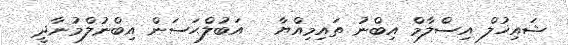
ޝައިޚުލް އިސްލާމް އިބްނު ތައިމިއްޔާ   އަބުލްޙަސަން އިބްނުލްމުނާދީ